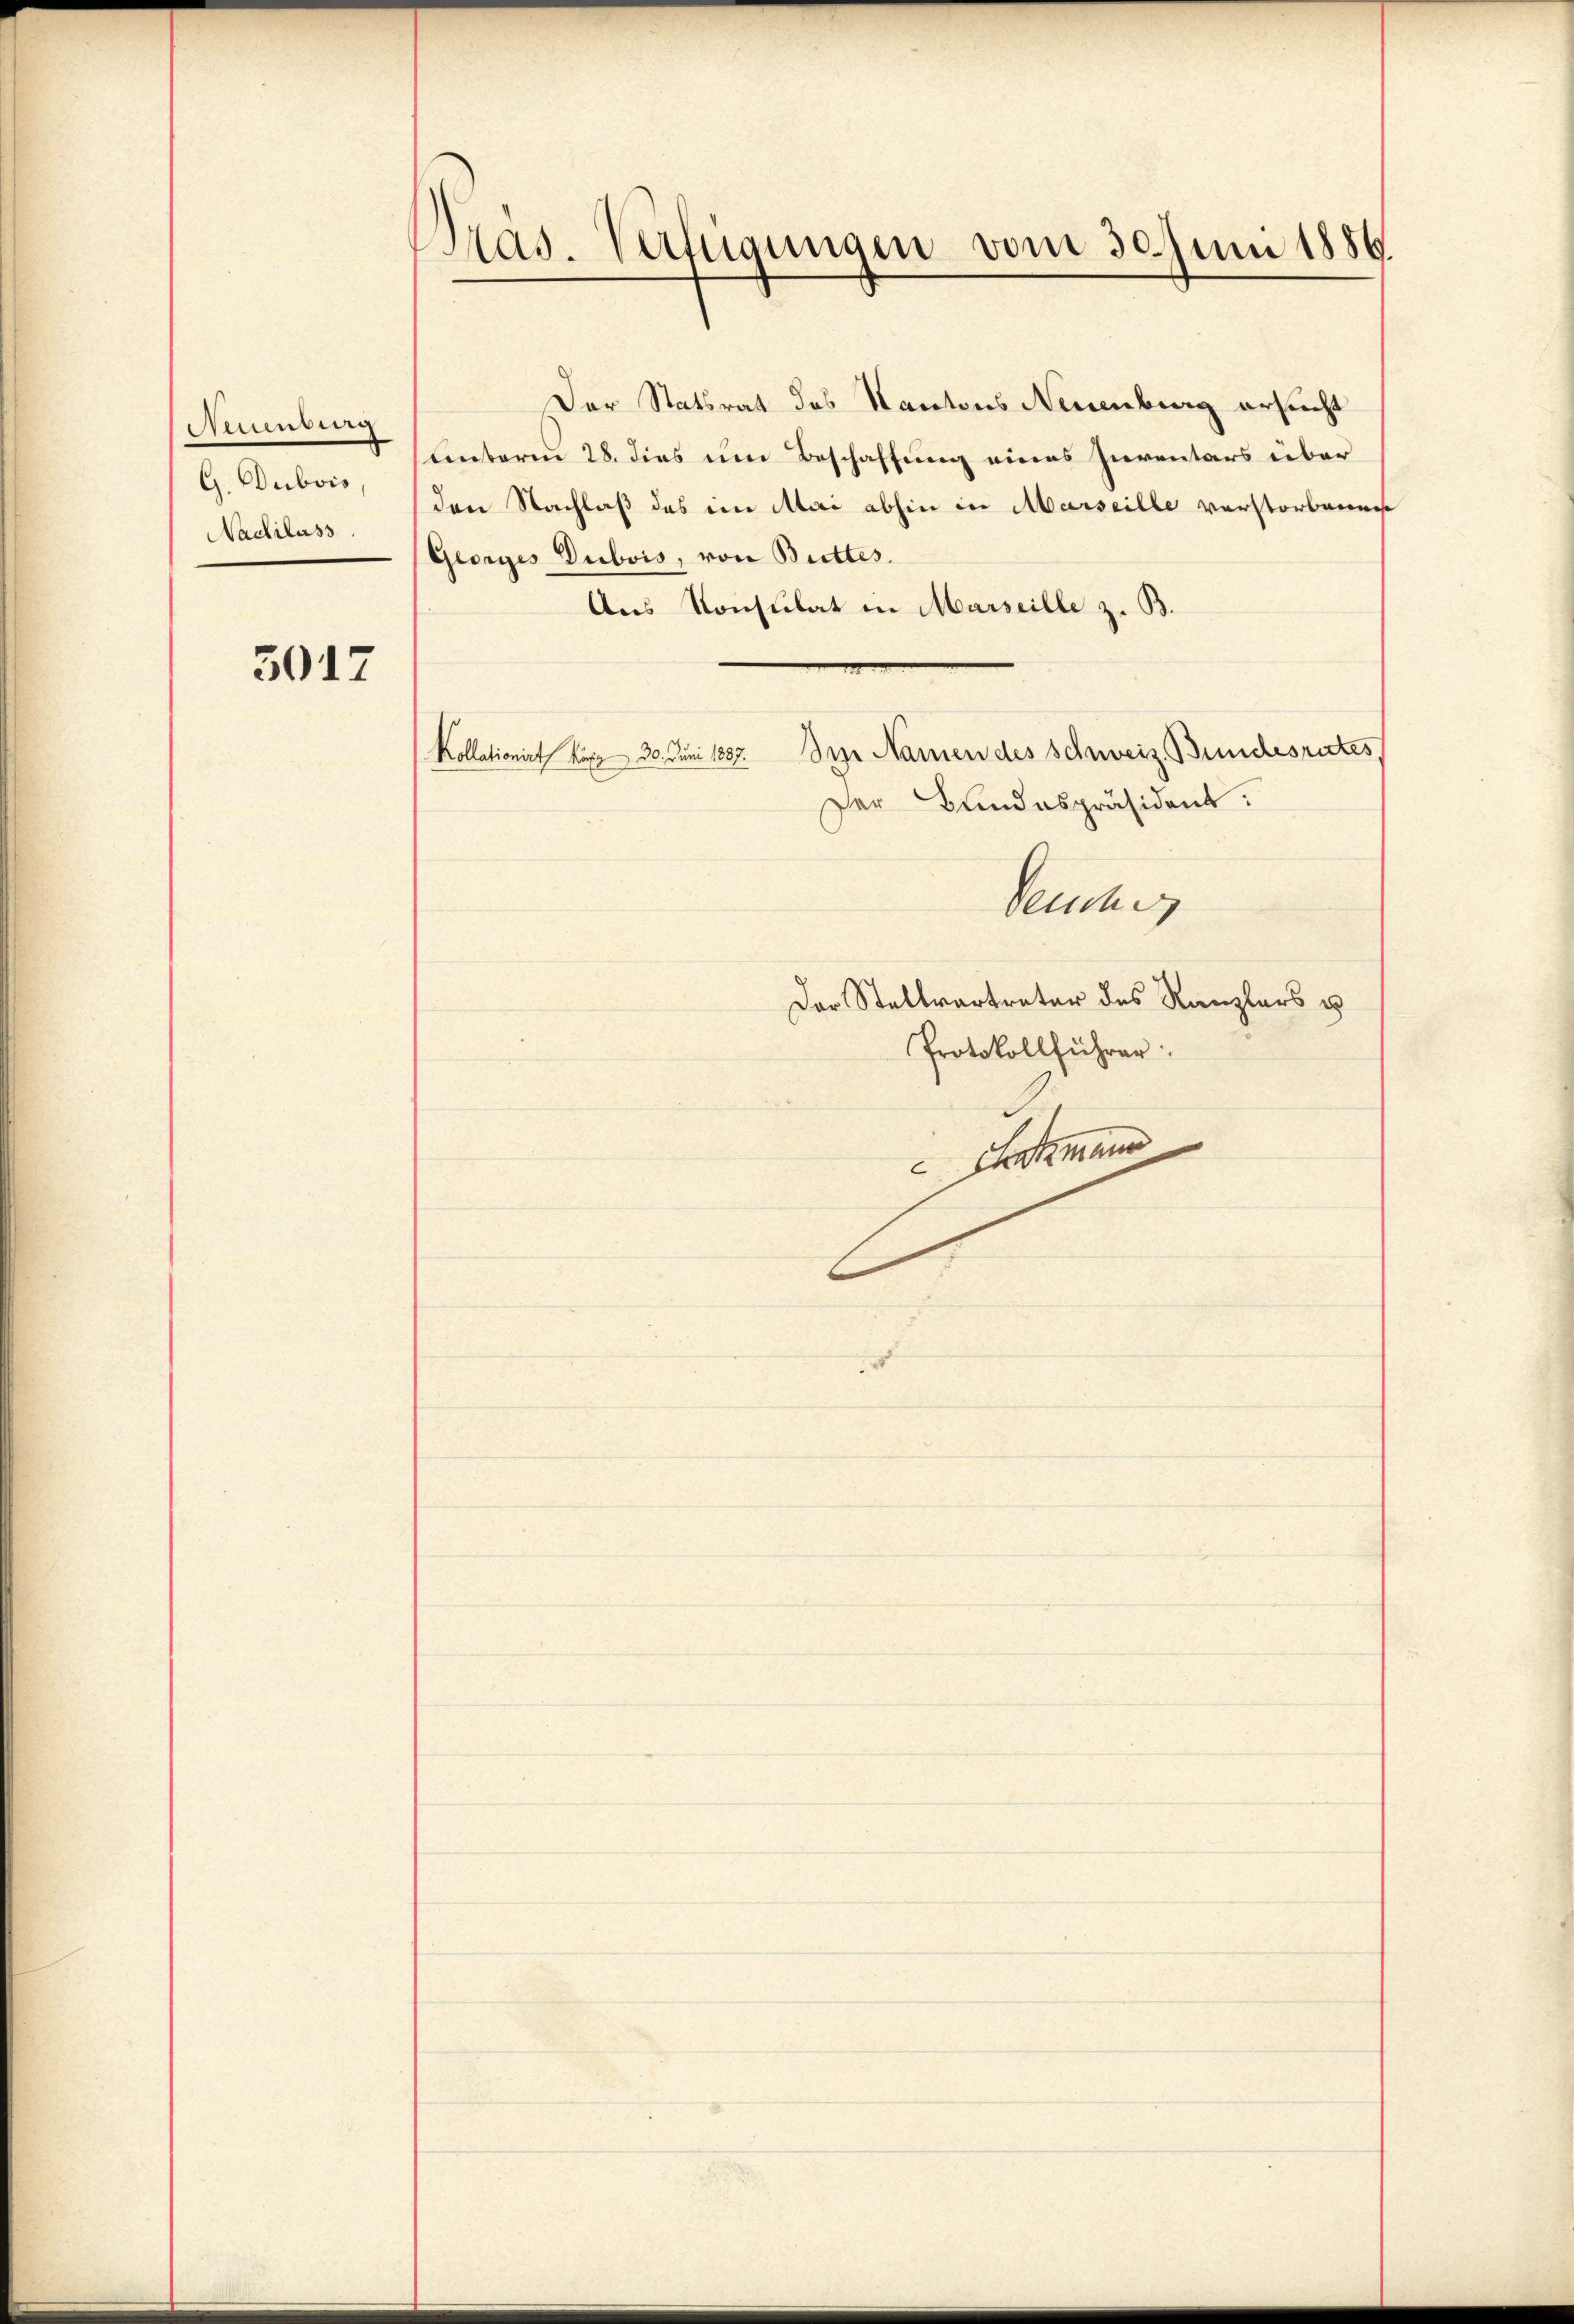
Miuenting
G. Dubois,
Nadilass

3017

Präs. Verfügungen vom 30. Juni 1886.

Der Statsrat des Kantons Neuenburg ersucht
unterm 28. dies um Beschaffung eines Inventars über
den Nachlaß das im Mai abhin in Marseille verstorbenen
Georges Dubois, von Buttes.
Aus Konsulat in Marseille z. B.
Im Namen des Schweiz. Bundesrates
Kollationirt, kurz 30. Juni 1887.
Der Bundespräsident:
Send

Der Stellvertreter des Kanzlers u
Protokollführer:
Armen